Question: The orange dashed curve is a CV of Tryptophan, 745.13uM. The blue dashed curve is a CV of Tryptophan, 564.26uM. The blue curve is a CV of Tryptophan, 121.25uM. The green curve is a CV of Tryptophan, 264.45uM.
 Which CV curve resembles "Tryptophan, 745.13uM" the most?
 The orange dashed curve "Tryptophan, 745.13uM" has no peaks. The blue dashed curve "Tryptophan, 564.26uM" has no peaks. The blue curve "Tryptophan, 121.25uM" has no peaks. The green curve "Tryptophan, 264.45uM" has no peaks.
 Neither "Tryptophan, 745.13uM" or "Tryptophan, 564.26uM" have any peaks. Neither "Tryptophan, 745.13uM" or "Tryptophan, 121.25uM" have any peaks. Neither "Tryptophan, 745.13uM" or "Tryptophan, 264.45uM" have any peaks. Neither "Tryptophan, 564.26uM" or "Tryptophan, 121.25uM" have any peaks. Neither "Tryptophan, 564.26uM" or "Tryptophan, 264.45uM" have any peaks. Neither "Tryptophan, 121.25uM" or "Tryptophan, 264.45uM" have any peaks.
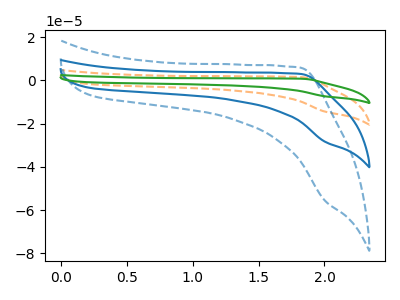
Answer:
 <answer>"Tryptophan, 745.13uM", "Tryptophan, 121.25uM" and "Tryptophan, 264.45uM" have a similar shape to "Tryptophan, 564.26uM".</answer>
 <eval>"Tryptophan, 745.13uM" "Tryptophan, 121.25uM" "Tryptophan, 264.45uM"</eval>